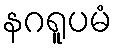
နဂရူပမံ